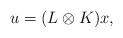
LaTeX: \begin{align*}u = (L\otimes K) x,\end{align*}